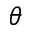
\theta